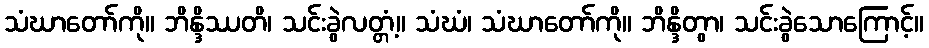
သံဃာတော်ကို။ ဘိန္ဒိဿတိ၊ သင်းခွဲလတ္တံ့။ သံဃံ၊ သံဃာတော်ကို။ ဘိန္ဒိတွာ၊ သင်းခွဲသောကြောင့်။